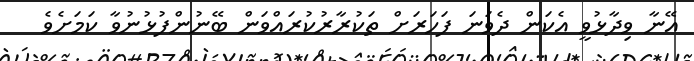
އޭނާ ވިދާޅުވީ އެކަން ދެވަނަ ފަހަރަށް ތަކުރާރުކުރައްވަން ބޭނުންފުޅުނުވާ ކަމަށެވެ